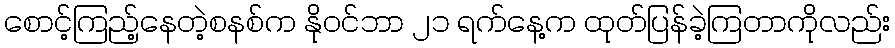
စောင့်ကြည့်နေတဲ့စနစ်က နိုဝင်ဘာ ၂၁ ရက်နေ့က ထုတ်ပြန်ခဲ့ကြတာကိုလည်း